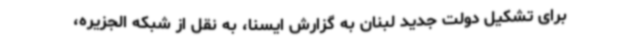
برای تشکیل دولت جدید لبنان به گزارش ایسنا، به نقل از شبکه الجزیره،